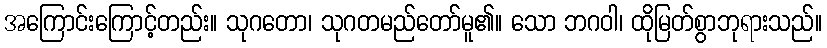
အကြောင်းကြောင့်တည်း။ သုဂတော၊ သုဂတမည်တော်မူ၏။ သော ဘဂဝါ၊ ထိုမြတ်စွာဘုရားသည်။